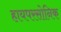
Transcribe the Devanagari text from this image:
हायपरसोनिक